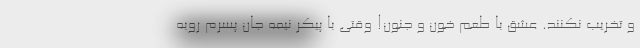
و تخریب نکنند. عشق با طعم خون و جنون! وقتی با پیکر نیمه جان پسرم روبه